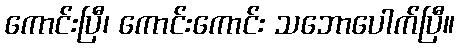
ကောင်းပြီ၊ ကောင်းကောင်း သဘောပေါက်ပြီ။